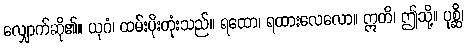
လျှောက်ဆို၏။ ယုဂံ၊ ထမ်းပိုးတုံးသည်။ ရထော၊ ရထားလေလော။ ဣတိ၊ ဤသို့။ ပုစ္ဆိ၊